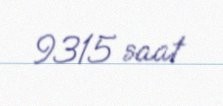
9315 saat